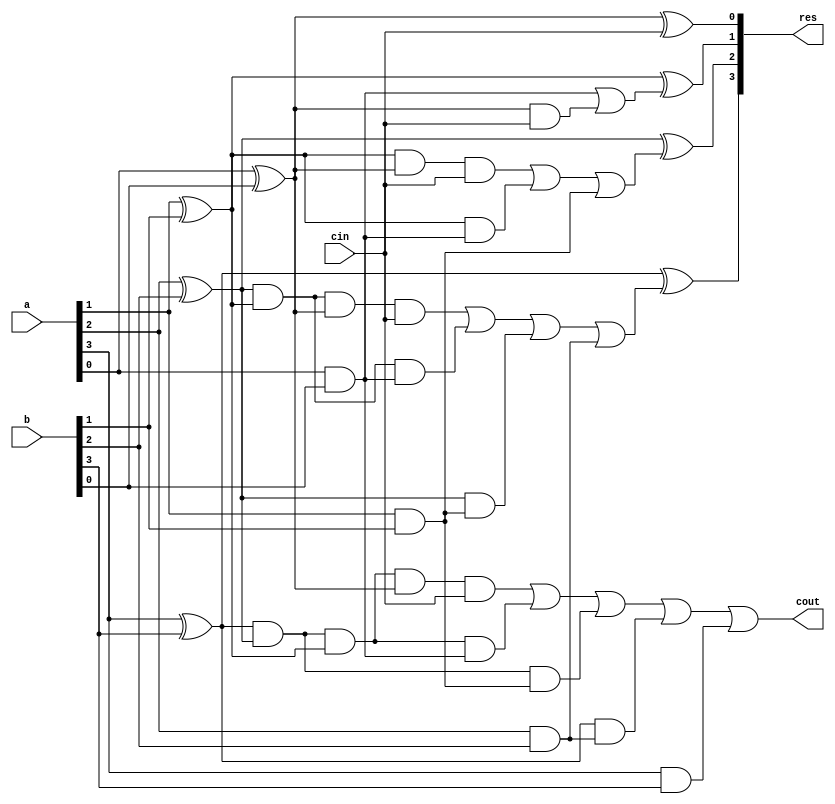
module CLA(a, b, res, cin, cout);

    input [3:0] a, b;
    input cin;
    output cout;
    output [3:0] res;
    wire w1, w2, w3, w4, w5, w6, w7, w8, w9, w10;

    and (g0, a[0], b[0]);
    and (g1, a[1], b[1]);
    and (g2, a[2], b[2]);
    and (g3, a[3], b[3]);
    
    xor (p0, a[0], b[0]);
    xor (p1, a[1], b[1]);
    xor (p2, a[2], b[2]);
    xor (p3, a[3], b[3]);

    and(w1, p0, cin);
    or(carry0, g0, w1);

    and(w2, p1, p0, cin);
    and(w3, p1, g0);
    or(carry1, w2, w3, g1);

    and(w4, p2, p1, p0, cin);
    and(w5, p2, p1, g0);
    and(w6, p2, g1);
    or(carry2, w4, w5, w6, g2);

    and(w7, p3, p2, p1, p0, cin);
    and(w8, p3, p2, p1, g0);
    and(w9, p3, p2, g1);
    and(w10, p3, g2);
    or(cout, w7, w8, w9, w10, g3);

    xor(res[0], p0, cin);
    xor(res[1], p1, carry0);
    xor(res[2], p2, carry1);
    xor(res[3], p3, carry2);
endmodule